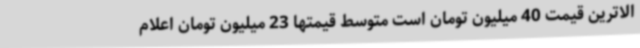
الاترین قیمت 40 میلیون تومان است متوسط قیمتها 23 میلیون تومان اعلام